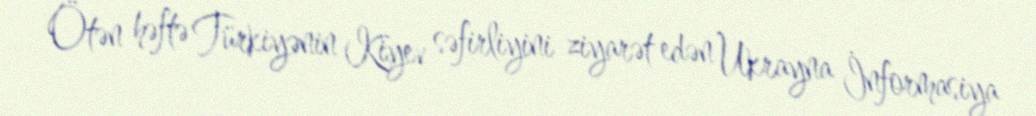
Ötən həftə Türkiyənin Kiyev səfirliyini ziyarət edən Ukrayna İnformasiya